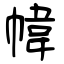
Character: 幃